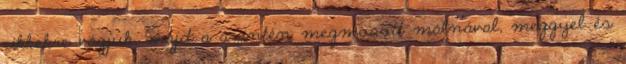
cikkekre vágjuk, majd a szintén megmosott málnával, meggyel és